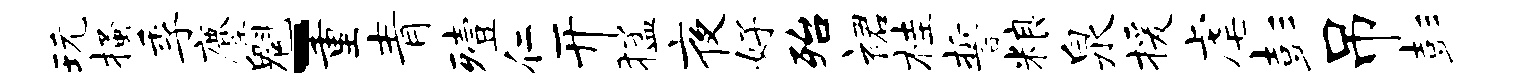
玩搔季麈魁-重青殪仁开猛夜好殆裙桂誓粮泉援虐彭吊彭